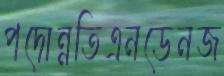
পদোন্নতিএনডেনজ